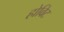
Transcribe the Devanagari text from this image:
होविट